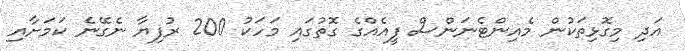
އަދި މިގޮޅިތަކުން މެއިންޓެނަންސް ފީއެއްގެ ގޮތުގައި މަހަކު 200 ރުފިޔާ ނެގޭނެ ކަމަށާއި